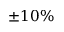
\pm 1 0 \%